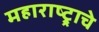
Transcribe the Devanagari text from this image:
महाराष्ट्र्राचे